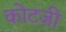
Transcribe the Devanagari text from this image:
कोटज़ी